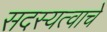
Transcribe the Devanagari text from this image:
सदस्यत्वाचे